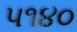
૫૧૪૦